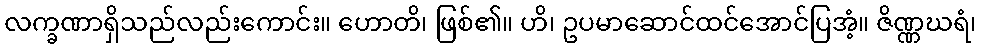
လက္ခဏာရှိသည်လည်းကောင်း။ ဟောတိ၊ ဖြစ်၏။ ဟိ၊ ဥပမာဆောင်ထင်အောင်ပြအံ့။ ဇိဏ္ဏဃရံ၊